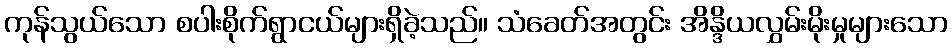
ကုန်သွယ်သော စပါးစိုက်ရွာငယ်များရှိခဲ့သည်။ သံခေတ်အတွင်း အိန္ဒိယလွှမ်းမိုးမှုများသော